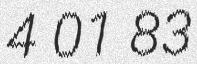
4 01 83